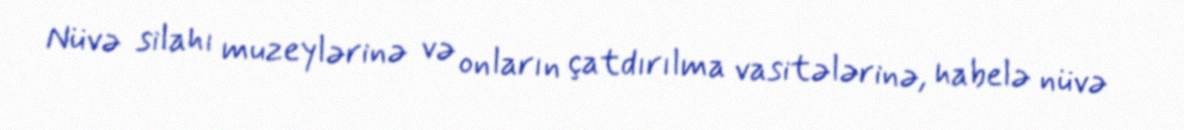
Nüvə silahı muzeylərinə və onların çatdırılma vasitələrinə, habelə nüvə